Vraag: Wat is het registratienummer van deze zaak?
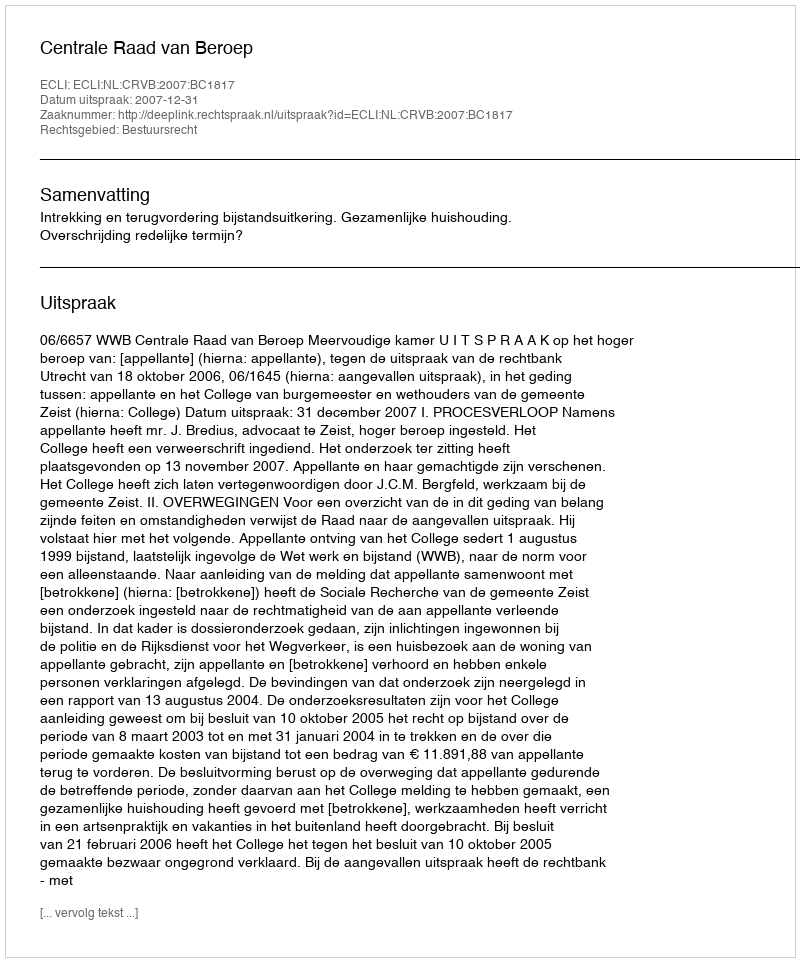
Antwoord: http://deeplink.rechtspraak.nl/uitspraak?id=ECLI:NL:CRVB:2007:BC1817